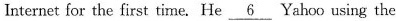
Internet for the first tine, He \underline{6} Yahoo using the